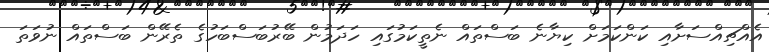
އެއްޗިއްސަށާއި ކަންކަމަށް ކިޔާނެ ބަސްތައް ނެތީކަމުގައި ހަދަމުން ބޭރުބަސްބަހުގެ ތެރޭން ބަސްތައް ނުވަތަ